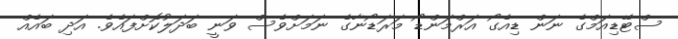
ސްޓޭޑިއަމްގެ ނަން ޑިއެގޯ އަރްމަންޑޯ މަރަޑޯނާގެ ނަމަށްވެސް ވަނީ ބަދަލުކޮށްފައެވެ. އަދި ބައެއް